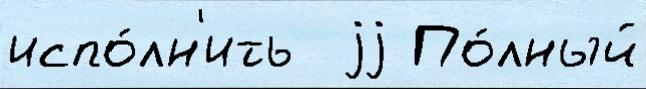
испо́лн'ить  jj По́лный